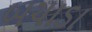
બચાડા